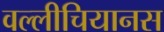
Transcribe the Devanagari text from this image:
वल्लीचियानस